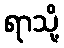
ရာသို့